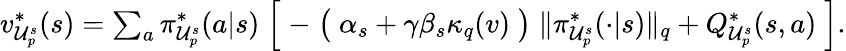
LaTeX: \begin{array}{r}{v_{\mathcal{U}_{p}^{s}}^{*}(s)=\sum_{a}\pi_{\mathcal{U}_{p}^{s}}^{*}(a|s)\Bigm[-\bigm(\alpha_{s}+\gamma\beta_{s}\kappa_{q}(v)\bigm)\lVert\pi_{\mathcal{U}_{p}^{s}}^{*}(\cdot|s)\rVert_{q}+Q_{\mathcal{U}_{p}^{s}}^{*}(s,a)\Bigm].}\end{array}